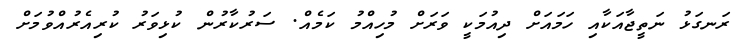
ރަނގަޅު ނަތީޖާއަކާއި ހަމައަށް ދިއުމަކީ ވަރަށް މުހިއްމު ކަމެއް. ސަރުކާރުން ކުޅިވަރު ކުރިއެރުއްވުމަށް